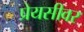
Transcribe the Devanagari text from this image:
प्रेयसीवर